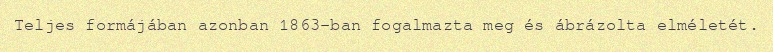
Teljes formájában azonban 1863-ban fogalmazta meg és ábrázolta elméletét.